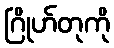
ဂြိုဟ်တုကို